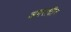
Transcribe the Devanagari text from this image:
अपराधीन